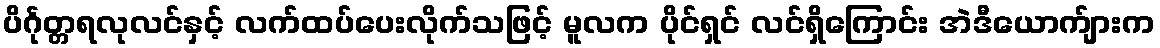
ပိင်္ဂုတ္တရလုလင်နှင့် လက်ထပ်ပေးလိုက်သဖြင့် မူလက ပိုင်ရှင် လင်ရှိကြောင်း အဲဒီယောက်ျားက